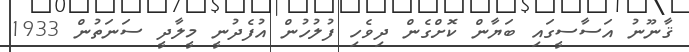
ޤާނޫނު އަސާސީގައި ބަޔާން ކޮށްގެން ދިވެހި ފުލުހުން އުފެދުނީ މީލާދީ ސަނަތުން 1933